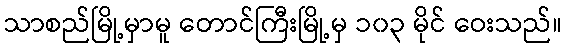
သာစည်မြို့မှာမူ တောင်ကြီးမြို့မှ ၁၀၃ မိုင် ဝေးသည်။